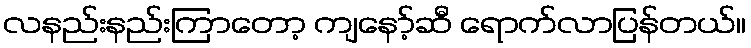
လနည်းနည်းကြာတော့ ကျနော့်ဆီ ရောက်လာပြန်တယ်။